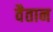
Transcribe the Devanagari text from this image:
वैतान